Annual report of the Punjab Veterinary College and of the Civil Veterinary Department, Punjab - 1894-1908
Year: 1894
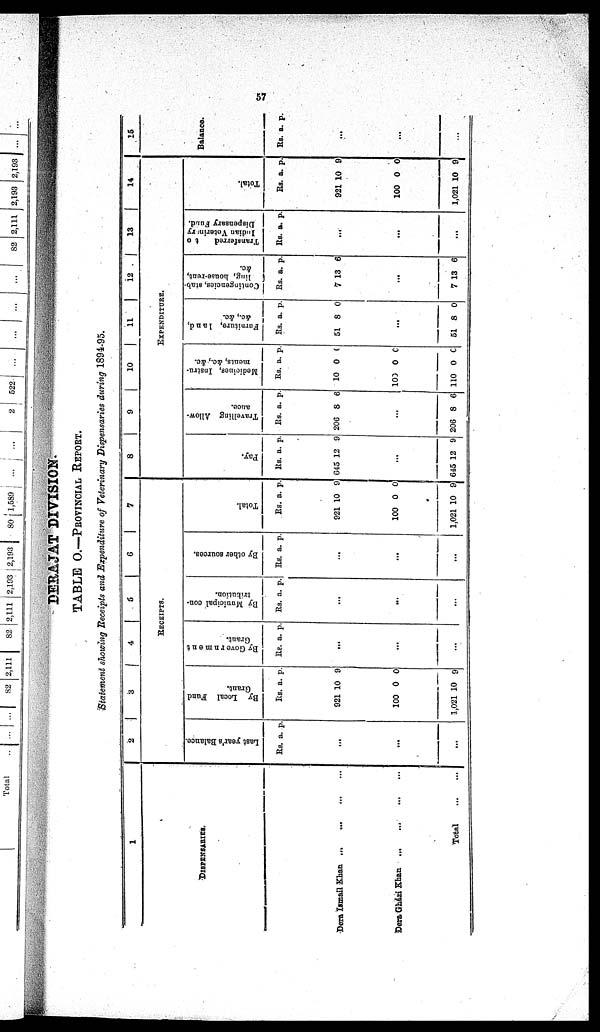
57
DERAJAT DIVISION.
TABLE O.—PROVINCIAL REPORT.
Statement showing Receipts and Expenditure of Veterinary Dispensaries during 1894-95.
1
DISPENSARIES.
Dera Ismail Khan ... ... ... ...
Dera Gházi Khan ... ... ... ...
Total
...
...
2
3
4
5
6
7
RECEIPTS.
Last year' s Bal ance.
Rs. a. p.
...
...
...
By Local Fund
Gr ant .
Rs.
921
100
1,021
a.
10
0
10
p.
9
0
9
By Go v e r
n me n t
Gr ant .
Rs. a. p.
...
...
...
By Muni c i
pa l con-
tribution.
Rs. a. p.
...
...
...
By ot her s our ces .
Rs. a. p.
...
...
...
Total.
Rs.
921
100
1,021
a.
10
0
10
p.
9
0
9
8
9
10
11
12
13
14
EXPENDITURE.
Pay.
Rs
645
a.
12
p.
9
...
645 1 2 9
Tr avel l
i
ng Al l
ow-
ance.
Rs.
206
a.
8
p.
6
...
206 8 6
Medi ci nes , I nst r u-
ments, &c. , &c.
Rs.
10
103
110
a.
0
0
0
p.
0
0
0
Fur ni t
ur e, land,
&c. , &c.
Rs.
51
a.
8
p.
0
...
51 8 0
Cont i
nge nc i
e s , stab-
ling, hous e- r ent ,
&c.
Rs
1
a.
13
p.
6
...
7 13 6
Tr a ns f
e r
r
e d to
I ndi an Vet er i
nt ar y
Dispensary Fund.
Rs. a. p.
...
...
...
Total.
Rs
921
100
1,021
a.
10
0
10
p.
9
0
9
15
Balance.
Rs. a. p.
...
...
...